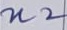
Text: n2